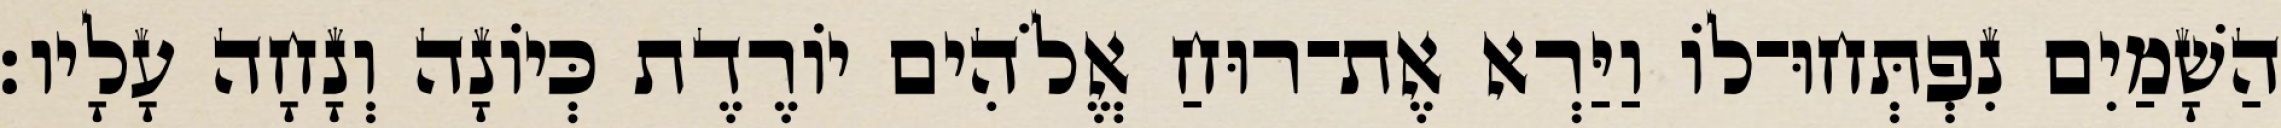
הַשָׁמַיִם נִפְתְּחוּ־לוֹ וַיַּרְא אֶת־רוּחַ אֱלֹהִים יוֹרֶדֶת כְּיוֹנָה וְנָחָה עָלָיו׃